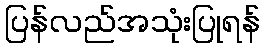
ပြန်လည်အသုံးပြုရန်